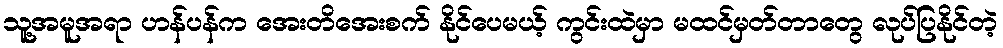
သူ့အမူအရာ ဟန်ပန်က အေးတိအေးစက် နိုင်ပေမယ့် ကွင်းထဲမှာ မထင်မှတ်တာတွေ လုပ်ပြနိုင်တဲ့